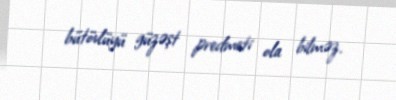
bütövlüyü güzəşt predmeti ola bilməz.